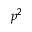
p ^ { 2 }